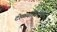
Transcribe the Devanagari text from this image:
टोळ्यांविरुध्द